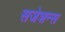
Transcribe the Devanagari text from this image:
सजेशन्स